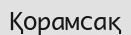
Қорамсақ